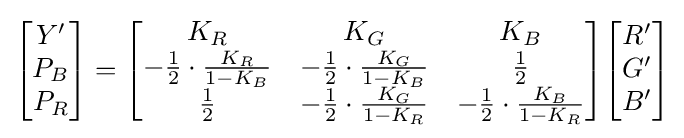
{\begin{bmatrix}Y'\\P_{B}\\P_{R}\end{bmatrix}}={\begin{bmatrix}K_{R}&K_{G}&K_{B}\\-{\frac {1}{2}}\cdot {\frac {K_{R}}{1-K_{B}}}&-{\frac {1}{2}}\cdot {\frac {K_{G}}{1-K_{B}}}&{\frac {1}{2}}\\{\frac {1}{2}}&-{\frac {1}{2}}\cdot {\frac {K_{G}}{1-K_{R}}}&-{\frac {1}{2}}\cdot {\frac {K_{B}}{1-K_{R}}}\end{bmatrix}}{\begin{bmatrix}R'\\G'\\B'\end{bmatrix}}